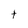
Character: t